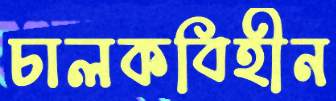
চালকবিহীন